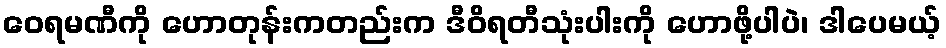
ဝေရမဏီကို ဟောတုန်းကတည်းက ဒီဝိရတီသုံးပါးကို ဟောဖို့ပါပဲ၊ ဒါပေမယ့်